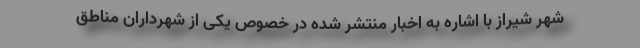
شهر شیراز با اشاره به اخبار منتشر شده در خصوص یکی از شهرداران مناطق